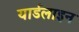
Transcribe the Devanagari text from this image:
यार्डलाइन